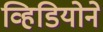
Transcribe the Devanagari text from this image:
व्हिडियोने